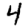
Digit: 4